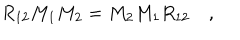
LaTeX: R _ { 1 2 } M _ { 1 } M _ { 2 } = M _ { 2 } M _ { 1 } R _ { 1 2 } \quad ,